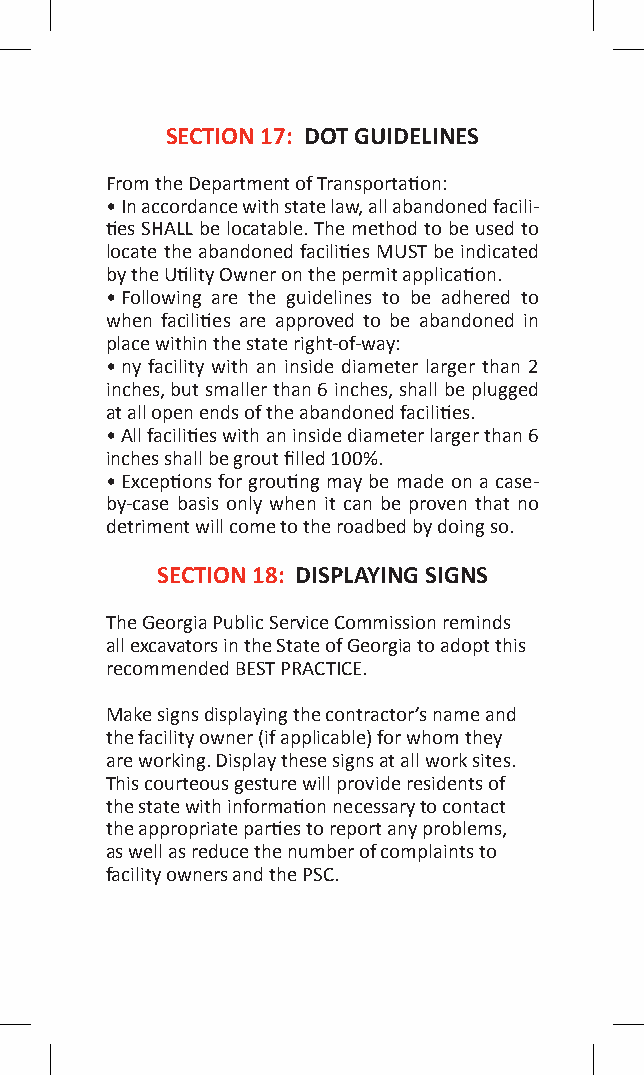
SECTION 17: DOT GUIDELINES
 From the Department of Transportation:
 • In accordance with state law, all abandoned facili-
 ties SHALL be locatable. The method to be used to
 locate the abandoned facilities MUST be indicated
 by the Utility Owner on the permit application.
 • Following are the guidelines to be adhered to
 when facilities are approved to be abandoned in
 place within the state right-of-way:
 • ny facility with an inside diameter larger than 2
 inches, but smaller than 6 inches, shall be plugged
 at all open ends of the abandoned facilities.
 • All facilities with an inside diameter larger than 6
 inches shall be grout filled 100%.
 • Exceptions for grouting may be made on a case-
 by-case basis only when it can be proven that no
 detriment will come to the roadbed by doing so.
 SECTION 18: DISPLAYING SIGNS
 The Georgia Public Service Commission reminds
 all excavators in the State of Georgia to adopt this
 recommended BEST PRACTICE.
 Make signs displaying the contractor’s name and
 the facility owner (if applicable) for whom they
 are working. Display these signs at all work sites.
 This courteous gesture will provide residents of
 the state with information necessary to contact
 the appropriate parties to report any problems,
 as well as reduce the number of complaints to
 facility owners and the PSC.